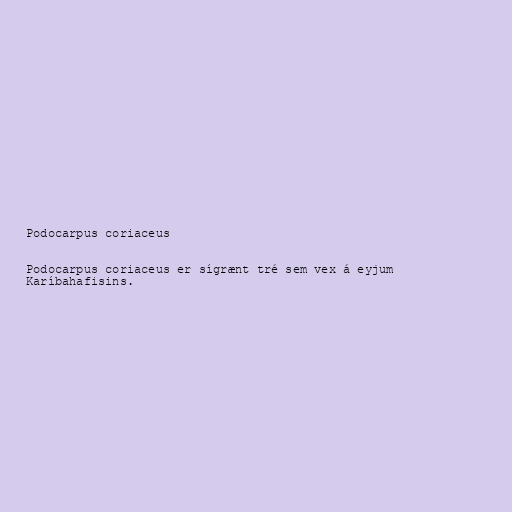
Podocarpus coriaceus

Podocarpus coriaceus er sígrænt tré sem vex á eyjum
Karíbahafisins.